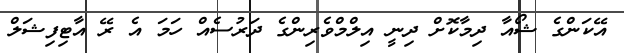
އޭކަންގެ ޝޯއާ ދިމާކޮށް ދިނީ އިލްމްވެރިންގެ ދަރުސެއް ހަމަ އެ ރޭ އާޓިފިޝަލް